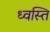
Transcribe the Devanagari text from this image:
ध्वस्ति